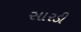
સારડી